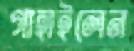
গাহাইলেন